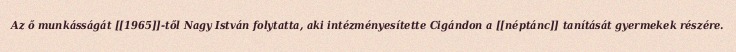
Az ő munkásságát [[1965]]-től Nagy István folytatta, aki intézményesítette Cigándon a [[néptánc]] tanítását gyermekek részére.